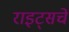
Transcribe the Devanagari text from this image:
राइट्सचे